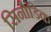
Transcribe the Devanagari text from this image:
सिनोडिक